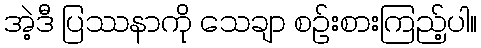
အဲ့ဒီ ပြဿနာကို သေချာ စဉ်းစားကြည့်ပါ။